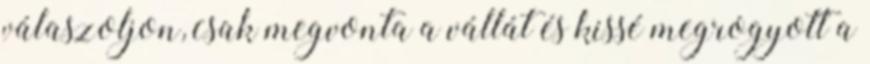
válaszoljon, csak megvonta a vállát és kissé megrogyott a